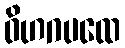
ဝိဟဂပထေ